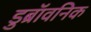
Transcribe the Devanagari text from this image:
डुब्रॉवनिक